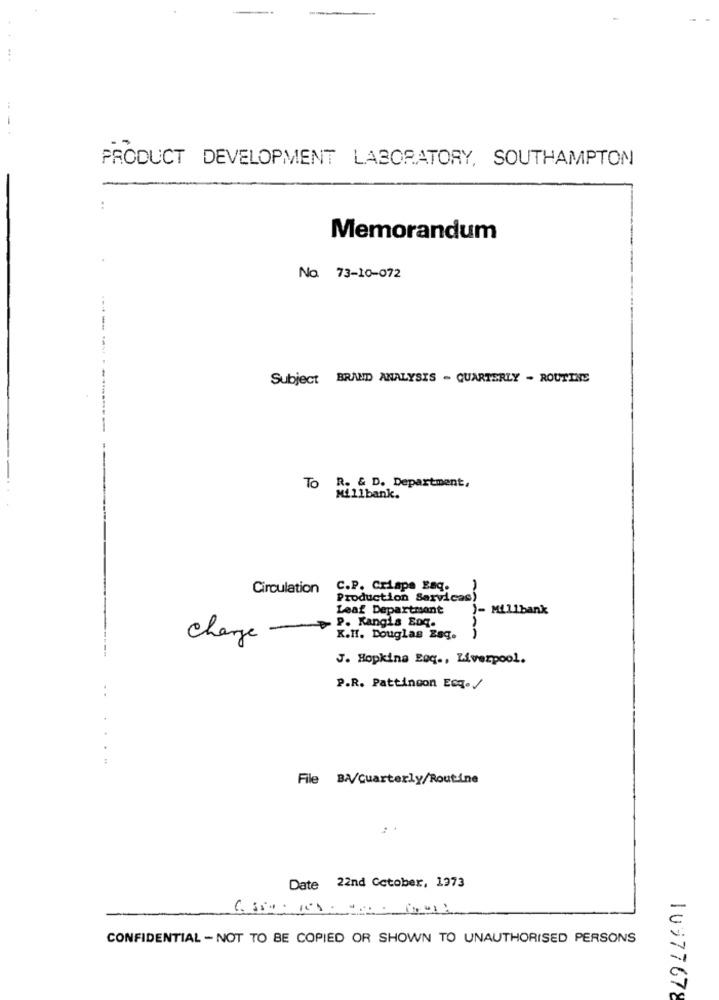
PRODUCT DEVELOPMENT LABORATORY, SOUTHAMPTON
Memorandum
No. 73-10-072
Subject BRAND ANALYSIS - QUARTERLY - ROUTINE
TO R. & D. Department,
Mil1bank.
Circulation
C.P. Crispe Laq.
Production Sarvicas)
Leaf Department )- Millbank
charge 3. Mangia Bog.
K.H. Douglas Bag. )
J. Hopkins Eoq ., Liverpool.
P.R. Pattinoon ECq./
File BA/Quarterly/Routine
Date 22nd Cctober, 1973
CONFIDENTIAL - NOT TO BE COPIED OR SHOWN TO UNAUTHORISED PERSONS
10977678